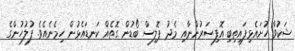
ޝަކުވާ ހުށައެޅިފައިތިބި އޮފިސަރުންނާއި މެދު ޕޮލިސް ބޯޑުން ގޮތެއް ކަނޑައެޅުން ހިމެނެއެވެ. ފުލުހުންގެ